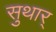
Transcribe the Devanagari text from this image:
सुथार्